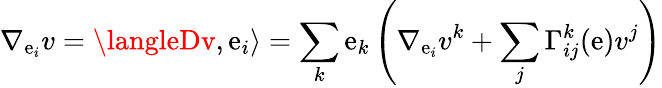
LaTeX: \nabla_{\mathrm{e}_{i}}v=\langleDv,\mathrm{e}_{i}\rangle=\sum_{k}\mathrm{e}_{k}\left(\nabla_{\mathrm{e}_{i}}v^{k}+\sum_{j}\Gamma_{ij}^{k}(\mathbf{{\mathrm{e}}})v^{j}\right)